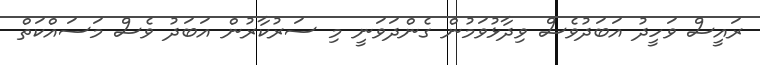
ރައީސް ވަހީދު އަބަދުވެސް ވިދާޅުވަމުން ގެންދަވަނީ މި ސަރުކާރުން އަބަދު ވެސް މަސައްކަތް